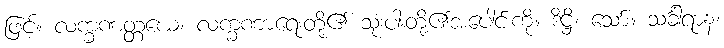
ဖြင့်။ လက္ခဏတ္တယေ၊ လက္ခဏာရေးတို့၏ သုံးပါးတို့၏အပေါင်းကို။ ဒိဋ္ဌိ၊ သော်။ သင်္ခါရာနံ၊